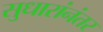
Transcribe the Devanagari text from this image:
सुधारांनंतर